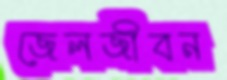
জেলজীবন